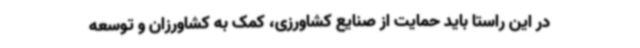
در این راستا باید حمایت از صنایع کشاورزی، کمک به کشاورزان و توسعه